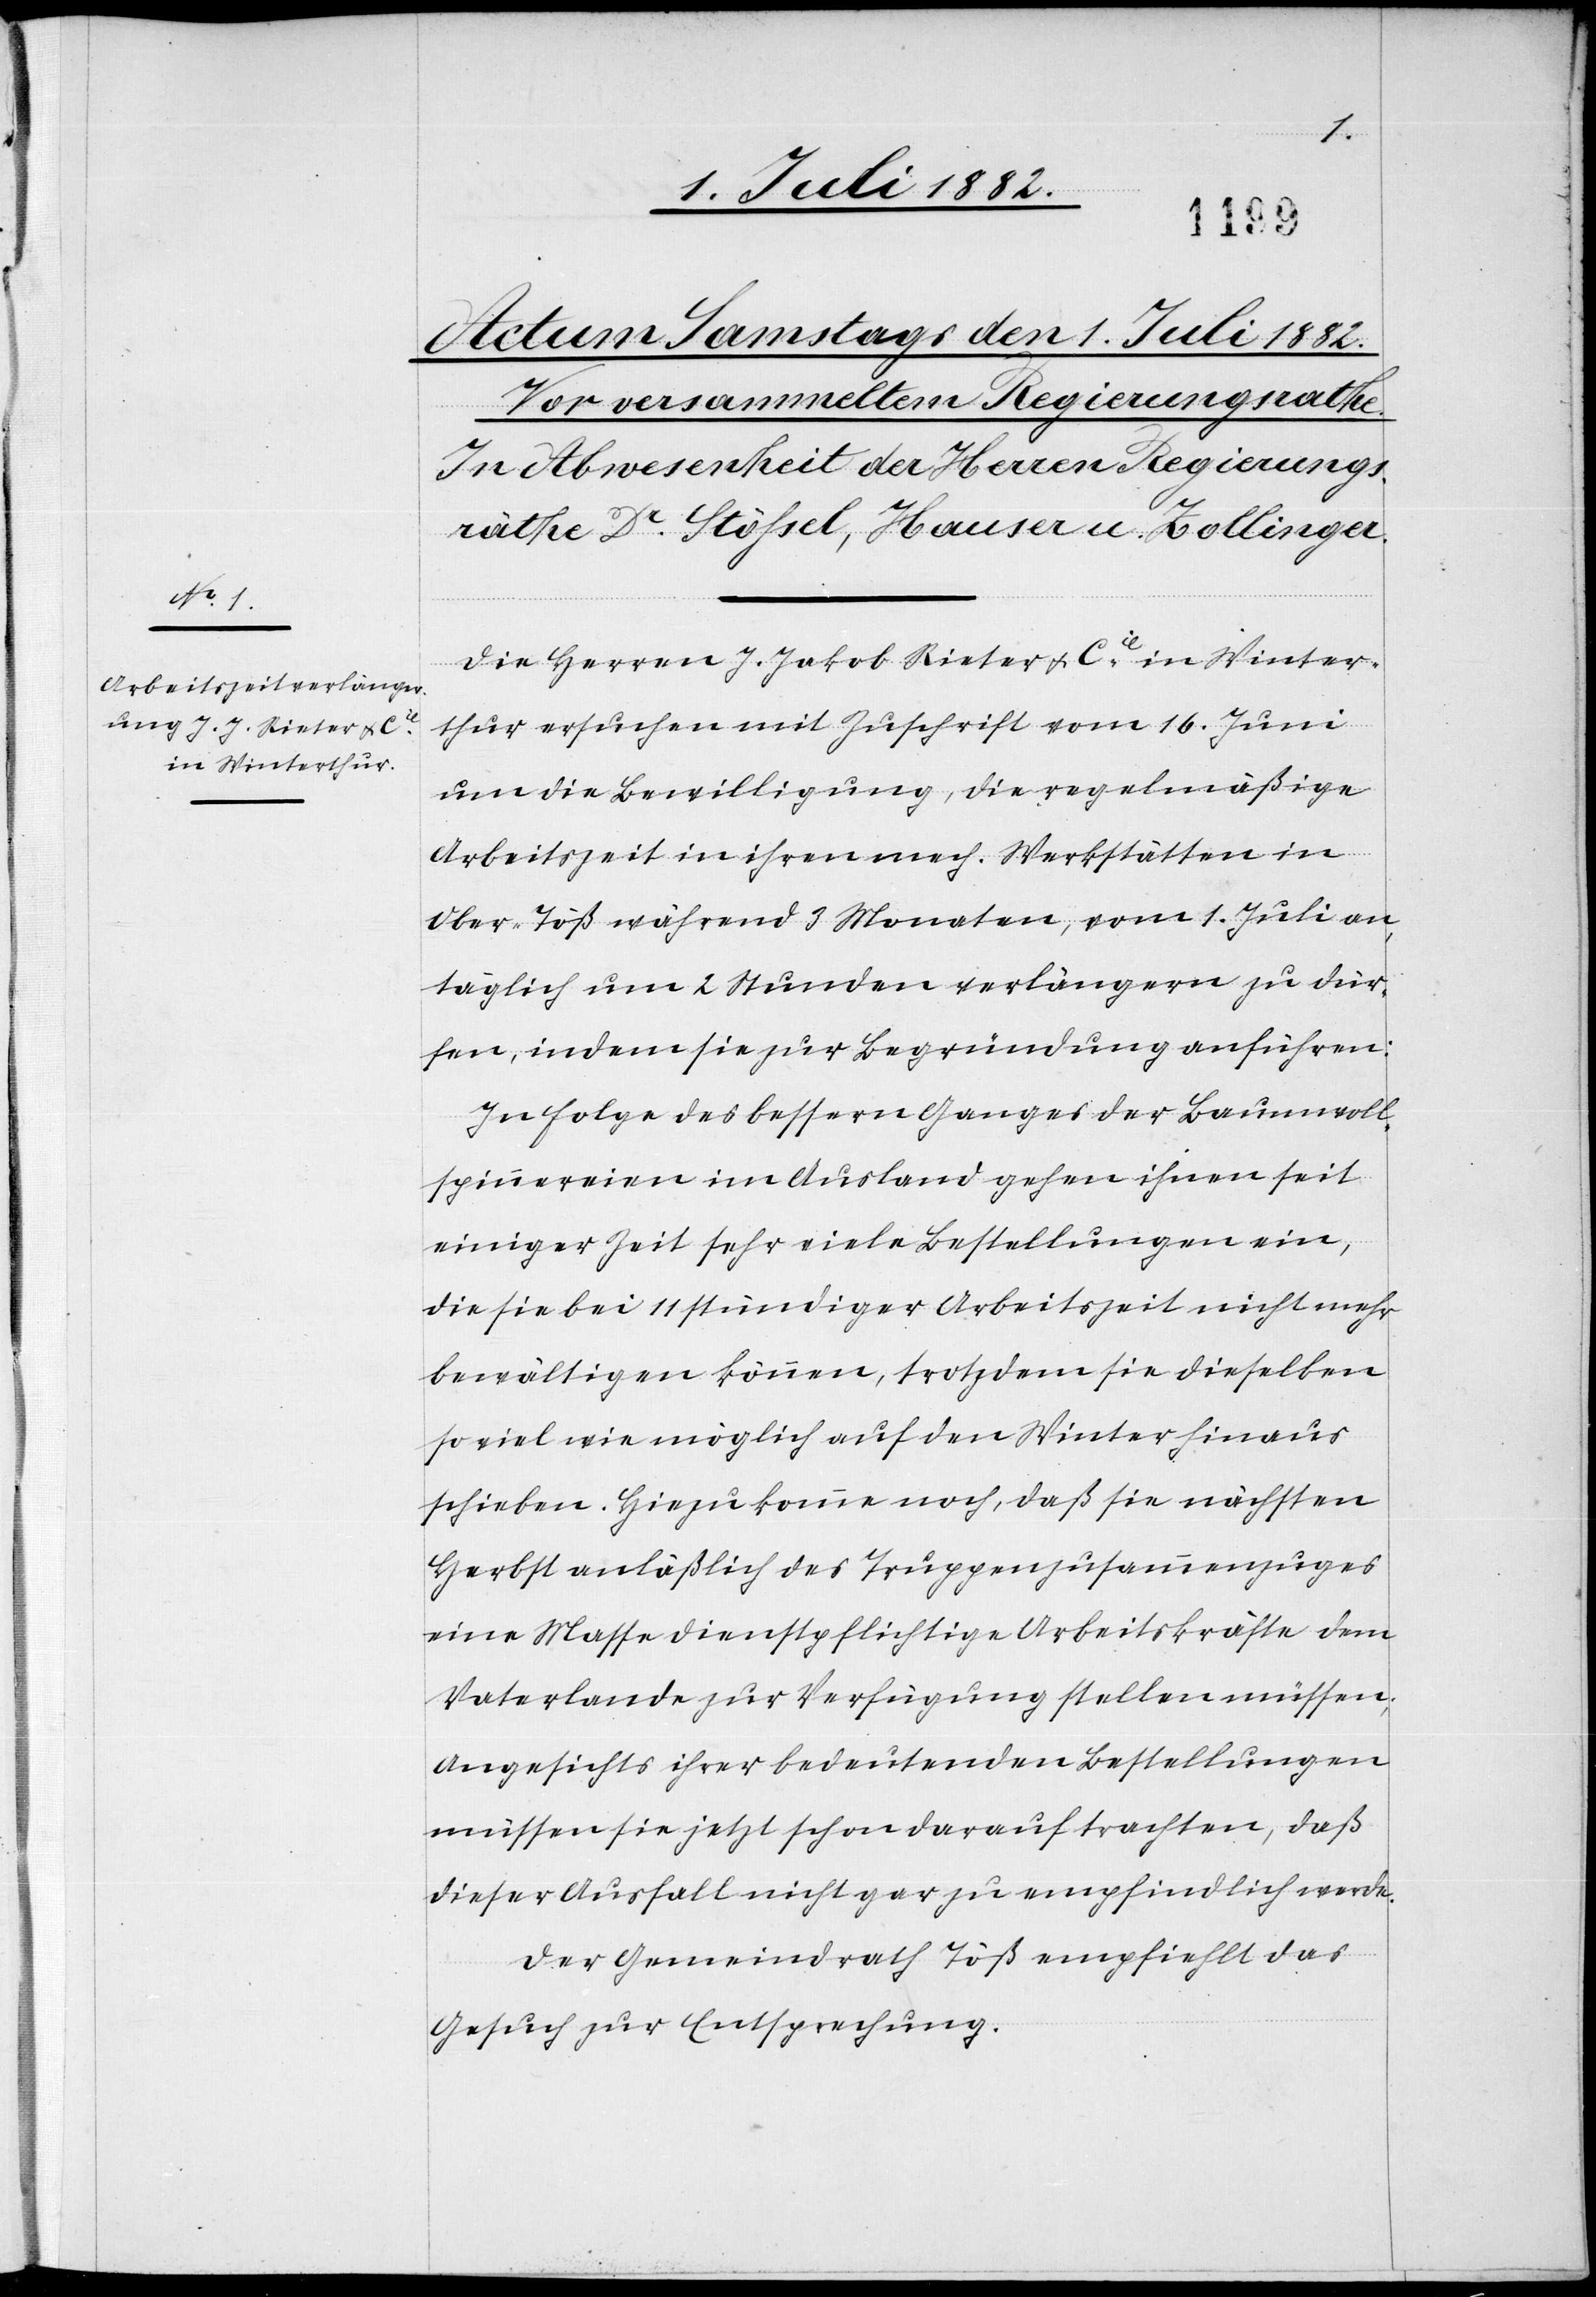
Die Herren J. Jakob Rieter & Cie in Winter¬
thur ersuchen mit Zuschrift vom 16. Juni
um die Bewilligung, die regelmäßige
Arbeitszeit in ihren mech. Werkstätten in
Ober-Töß während 3 Monaten, vom 1. Juli an,
täglich um 2 Stunden verlängern zu dür¬
fen, indem sie zur Begründung anführen:
In Folge des bessern Ganges der Baumwoll¬
spinnereien im Ausland gehen ihnen seit
einiger Zeit sehr viele Bestellungen ein,
die sie bei 11 stündiger Arbeitszeit nicht mehr
bewältigen können, trotzdem sie dieselben
so viel wie möglich auf den Winter hinaus
schieben. Hinzu komme noch, daß sie nächsten
Herbst anläßlich des Truppenzusammenzuges
eine Masse dienstpflichtiger Arbeitskräfte dem
Vaterlande zur Verfügung stellen müssen;
angesichts ihrer bedeutenden Bestellungen
müssen sie jetzt schon darauf trachten, daß
dieser Ausfall nicht gar zu empfindlich werde.
Der Gemeindrath Töß empfiehlt das
Gesuch zur Entsprechung.